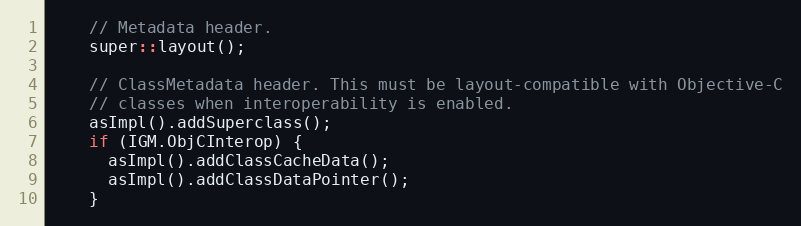
Language: C
    // Metadata header.
    super::layout();

    // ClassMetadata header. This must be layout-compatible with Objective-C
    // classes when interoperability is enabled.
    asImpl().addSuperclass();
    if (IGM.ObjCInterop) {
      asImpl().addClassCacheData();
      asImpl().addClassDataPointer();
    }